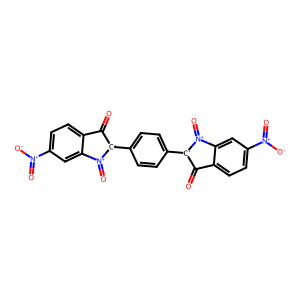
SMILES: O=C1c2ccc([N+](=O)[O-])cc2[N+](=O)[C-]1c1ccc([C-]2C(=O)c3ccc([N+](=O)[O-])cc3[N+]2=O)cc1
Inhibits HIV replication: No